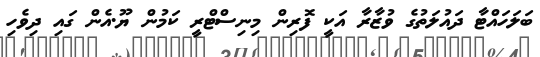
ބަލަހައްޓާ ދައުލަތުގެ ވުޒާރާ އަކީ ފޮރިން މިނިސްޓްރީ ކަމުން ޔޫ.އެން ގައި ދިވެހި